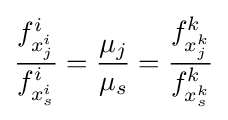
{\frac {f_{x_{j}^{i}}^{i}}{f_{x_{s}^{i}}^{i}}}={\frac {\mu _{j}}{\mu _{s}}}={\frac {f_{x_{j}^{k}}^{k}}{f_{x_{s}^{k}}^{k}}}